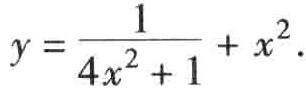
\(y = \frac{1}{4x^{2} + 1} + x^{2}\)